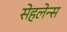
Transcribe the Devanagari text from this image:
सेहलेन्स